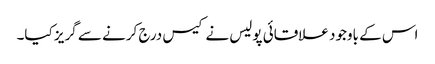
اس کے باوجود علاقائی پولیس نے کیس درج کرنے سے گریز کیا۔